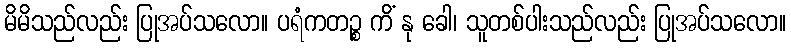
မိမိသည်လည်း ပြုအပ်သလော။ ပရံကတဉ္စ ကိံ နု ခေါ၊ သူတစ်ပါးသည်လည်း ပြုအပ်သလော။